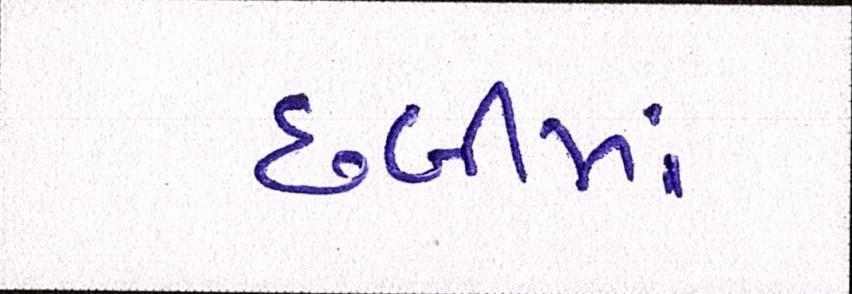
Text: છબીમાં